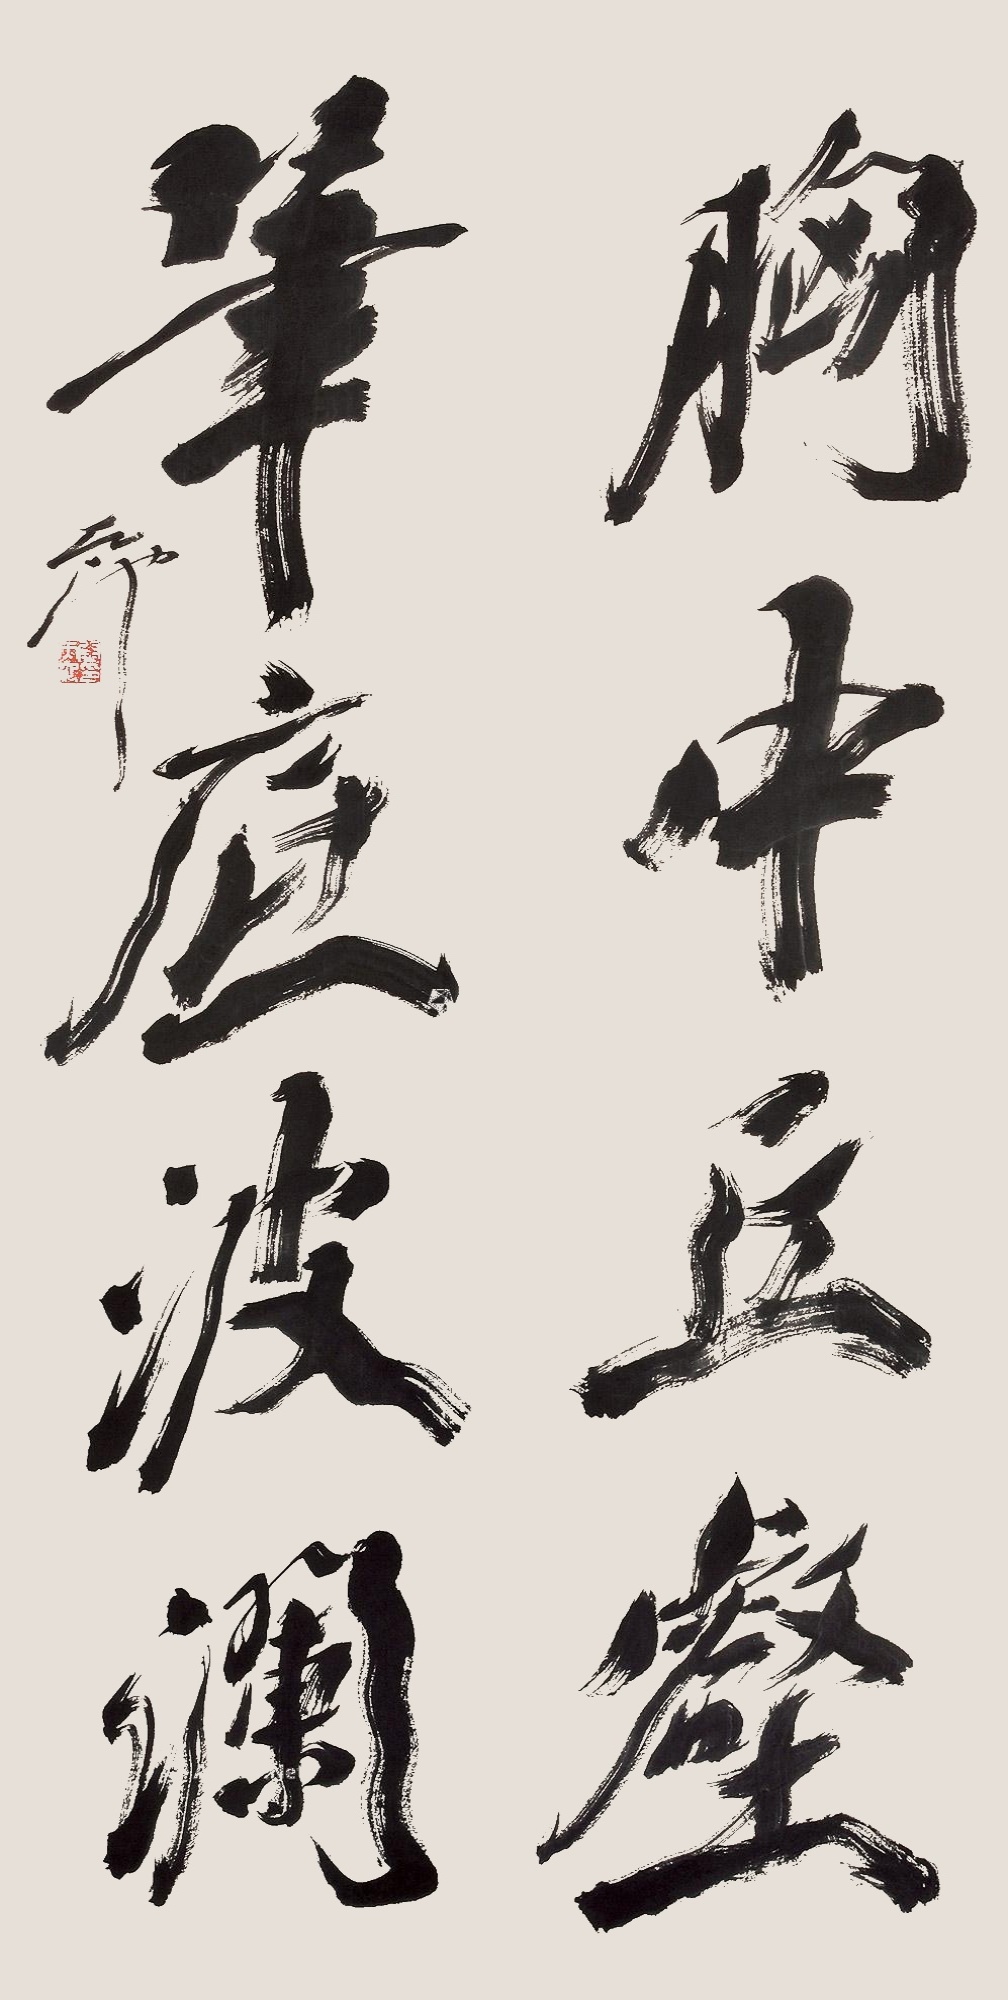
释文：胸中丘壑，笔应波澜。天池。